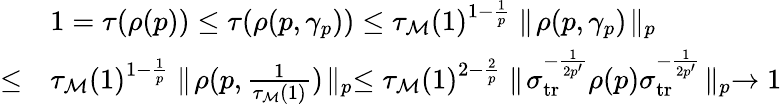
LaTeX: \begin{array}{rl}&{1=\tau(\rho(p))\le\tau(\rho(p,\gamma_{p}))\le\tau_{\mathcal M}(1)^{1-\frac{1}{p}}\parallel\! \rho(p,\gamma_{p})\! \parallel_{p}}\\ {\le}&{\tau_{\mathcal M}(1)^{1-\frac{1}{p}}\parallel\! \rho(p,\frac{1}{\tau_{\mathcal M}(1)})\! \parallel_{p}\le\tau_{\mathcal M}(1)^{2-\frac{2}{p}}\parallel\! \sigma_{{{\mathrm{tr}}}}^{-\frac{1}{2p^{\prime}}}\rho(p)\sigma_{{{\mathrm{tr}}}}^{-\frac{1}{2p^{\prime}}}\! \parallel_{p}\to 1}\end{array}